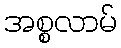
အစ္စလာမ်